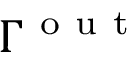
\Gamma ^ { \mathrm { ~ o ~ u ~ t ~ } }